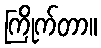
ကြိုက်တာ။